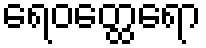
ရေဝတ္ထေရော